Indian journal of veterinary science and animal husbandry - Volume 7,
Year: 1937
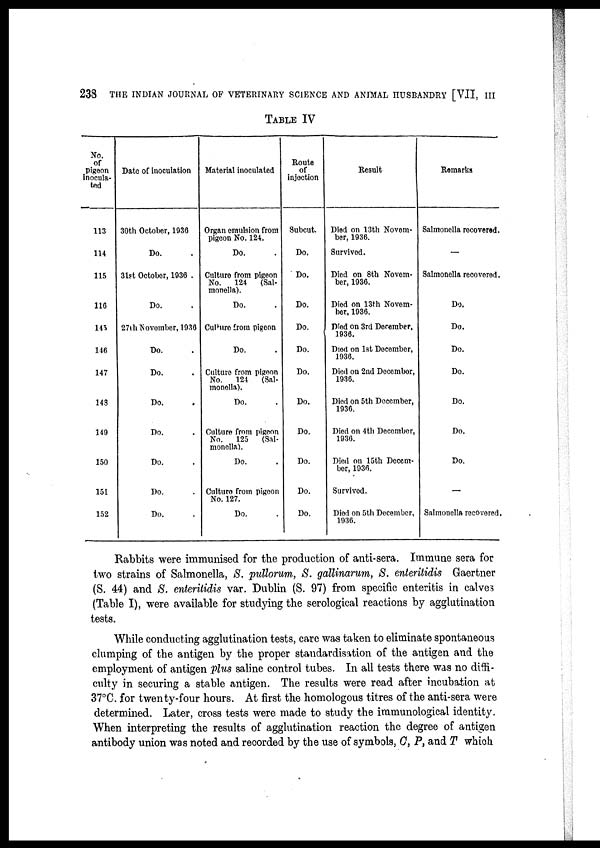
238 THE INDIAN JOURNAL OF VETERINARY SCIENCE AND ANIMAL HUSBANDRY [VII, III
TABLE IV
No.
of
pigeon
inocula-
ted
113
114
115
116
145
146
147
148
149
150
151
152
Date of inoculation
30th October, 1936
Do. .
31st Octobor, 1936 .
Do. .
27th November, 1936
Do. .
Do. .
Do. .
Do. .
Do. .
Do. .
Do. .
Material inoculated
Organ emulsion from
pigeon No. 124.
Do. .
Culture from pigeon
No. 124 (Sal-
monella).
Do. .
Culture from pigeon
Do. .
Culture from pigeon
No. 124 (Sal-
monella).
Do. .
Culture from pigeon
No. 125 (Sal-
monella).
Do. .
Culture from pigeon
No. 127.
Do. .
Route
of
injection
Subcut.
Do.
Do.
Do.
Do.
Do.
Do.
Do.
Do.
Do.
Do.
Do.
Result
Died on 13th Novem-
ber, 1936.
Survived.
Died on 8th Novem-
ber, 1936.
Died on 13th Novem-
ber, 1936.
Died on 3rd December,
1936.
Died on 1st December,
1936.
Died on 2nd December,
1936.
Died on 5th December,
1936.
Died on 4th December,
1936.
Died on 15th Decem-
ber, 1936.
Survived.
Died on 5th December,
1936.
Remarks
Salmonella recovered.
—
Salmonella recovered.
Do.
Do.
Do.
Do.
Do.
Do.
Do.
—
Salmonella recovered.
Rabbits were immunised for the production of anti-sera. Immune sera for
two strains of Salmonella, S. pullorum, S. gallinarum, S. enteritidis Gaertner
(S. 44) and S. enteritidis var. Dublin (S. 97) from specific enteritis in calves
(Table I), were available for studying the serological reactions by agglutination
tests.
While conducting agglutination tests, care was taken to eliminate spontaneous
clumping of the antigen by the proper standardisation of the antigen and the
employment of antigen plus saline control tubes. In all tests there was no diffi-
culty in securing a stable antigen. The results were read after incubation at
37°C. for twenty-four hours. At first the homologous titres of the anti-sera were
determined. Later, cross tests were made to study the immunological identity.
When interpreting the results of agglutination reaction the degree of antigen
antibody union was noted and recorded by the use of symbols, C, P, and T which